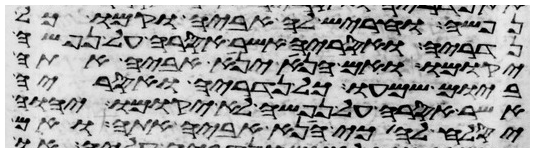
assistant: נפשה והחריש לה אביה וקמו כל
נדריה ואסריה אשר אסרה על נפשה
יקומו ואם הנא יניא אביה אתה
ביום שמעו כל נדריה ואסריה
אשר אסרה על נפשה לא יקומו ויהוה
יסלח לה כי הניא אביה אתה ואם